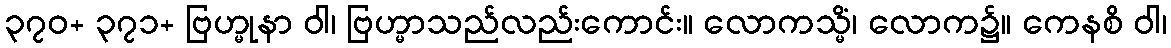
၃၇၀+ ၃၇၁+ ဗြဟ္မုနာ ဝါ၊ ဗြဟ္မာသည်လည်းကောင်း။ လောကသ္မိံ၊ လောက၌။ ကေနစိ ဝါ၊